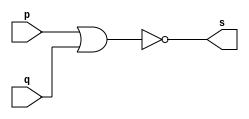
// ------------------------- 
// Exercicio0002 - NOR 
// Nome: Fabio Fiuza Pereira
// ------------------------- 
// ------------------------- 
// -- NOR gate 
// ------------------------- 
module norgate ( output s, 
input p, 
input q); 
assign s = ~(p | q); 
endmodule // norgate 
// --------------------- 
// -- test NOR gate 
// --------------------- 
module testnorgate; 
// ------------------------- dados locais 
reg a, b; // definir registradores 
wire s; // definir conexao (fio) 
// ------------------------- instancia 
norgate NOR1 (s, a, b); 
// ------------------------- preparacao 
initial begin:start 
// atribuicao simultanea 
// dos valores iniciais 
a=0; b=0; 
end 
// ------------------------- parte principal 
initial begin 
$display("Exemplo0001 -Fabio Fiuza Pereira - 406087"); 
$display("NOR gate"); 
$display("\na & b = s\n"); 
a=0; b=0; 
#1 $monitor("%b & %b = %b", a, b, s); 
#1a=0; b=1;
#1a=1; b=0;
#1a=1; b=1;


end 
endmodule // testnorgate